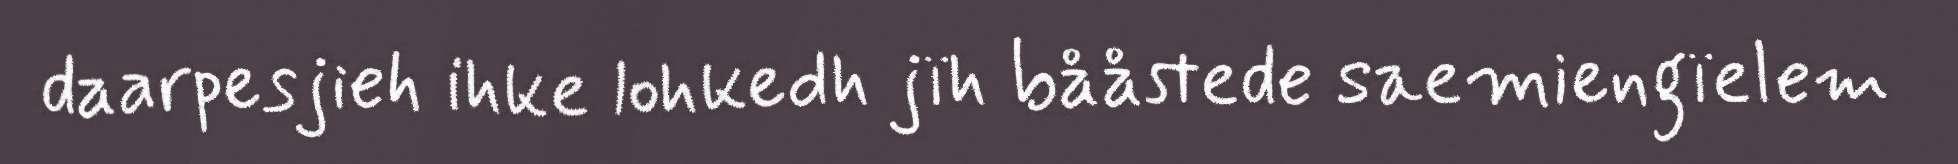
daarpesjieh ihke lohkedh jïh bååstede saemiengïelem